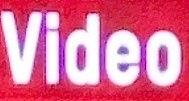
Video